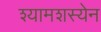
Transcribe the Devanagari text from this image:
श्यामशस्येन